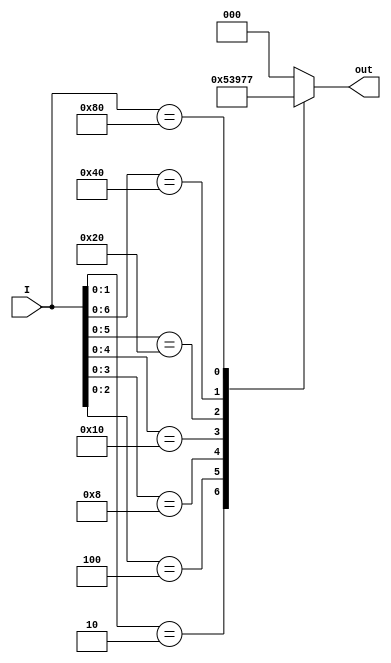
module prioenc(I, out);
input [7:0]I;
//output v;
output reg [2:0]out;
always@(*) 
//always block
    casex(I)
  8'bxxxxxxx1 : out = 3'b000;
  8'bxxxxxx10 : out = 3'b001;
  8'bxxxxx100 : out = 3'b010;
  8'bxxxx1000 : out = 3'b011;
  8'bxxx10000 : out = 3'b100;
  8'bxx100000 : out = 3'b101;
  8'bx1000000 : out = 3'b110;
  8'b10000000 : out = 3'b111;
  default : out = 2'b000; //no match
    endcase
//assign v = I[7] | I[6] | I[5] | I[4] | I[3] | I[2] | I[1] | I[0];
endmodule